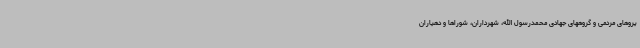
یروهای مردمی و گروههای جهادی محمدرسول الله، شهرداران، شوراها و دهیاران